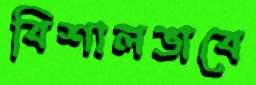
বিশালভাবে